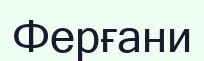
Ферғани